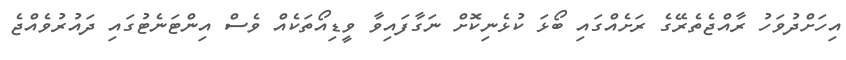
އިހަށްދުވަހު ރާއްޖެތެރޭގެ ރަށެއްގައި ބޯޅަ ކުޅެނިކޮށް ނަގާފައިވާ ވީޑިއޯތަކެއް ވެސް އިންޓަނެޓުގައި ދައުރުވެއްޖެ